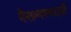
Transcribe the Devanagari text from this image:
वैराग्यपथदर्शी